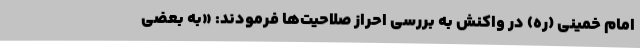
امام خمینی (ره) در واکنش به بررسی احراز صلاحیت‌ها فرمودند: «به بعضی